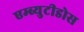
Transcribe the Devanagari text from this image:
एम्ब्युटीडोस